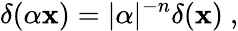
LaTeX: \delta(\alpha\mathbf{x})=|\alpha|^{-n}\delta(\mathbf{x})~,